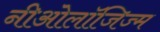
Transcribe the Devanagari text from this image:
नीओलॉजिज्म